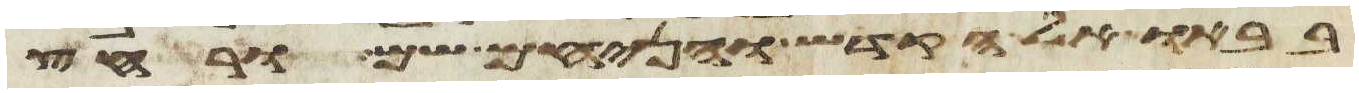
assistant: בבאו אל הקדש והניחם שם ורחץ